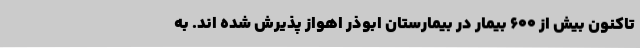
تاکنون بیش از ۶۰۰ بیمار در بیمارستان ابوذر اهواز پذیرش شده اند. به